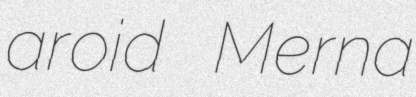
aroid Merna